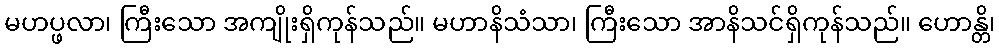
မဟပ္ဖလာ၊ ကြီးသော အကျိုးရှိကုန်သည်။ မဟာနိသံသာ၊ ကြီးသော အာနိသင်ရှိကုန်သည်။ ဟောန္တိ၊